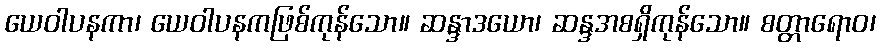
ယေဝါပနကာ၊ ယေဝါပနကဖြစ်ကုန်သော။ ဆန္ဒာဒယော၊ ဆန္ဒအစရှိကုန်သော။ စတ္တာရောဝ၊